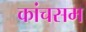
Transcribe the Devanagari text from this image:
कांचसम